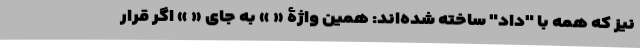
نیز که همه با "داد" ساخته شده‌اند: همین واژۀ « » به جای « » اگر قرار